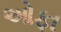
ઓફા